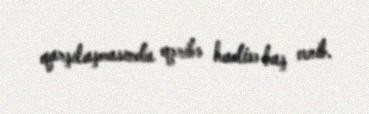
qarşılaşmasında qəribə hadisə baş verib.